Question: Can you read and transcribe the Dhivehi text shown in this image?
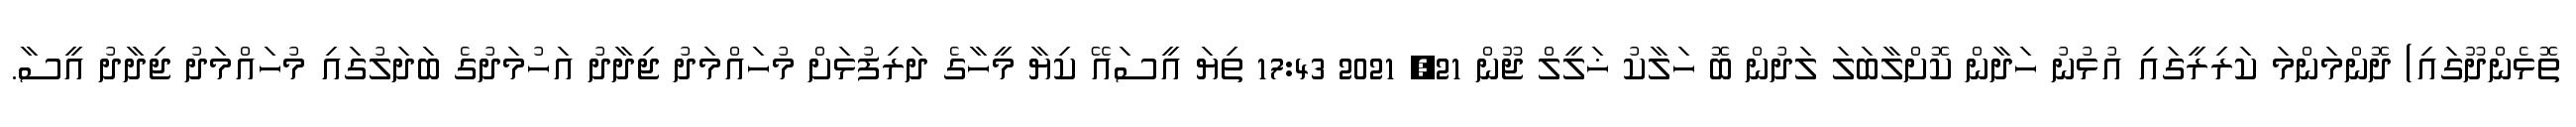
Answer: ތޮޅެންދޫގައި) ދޮންމަންމަ ކަރިރީގައި އުޅުނު ހަދާން ކޮށްލާބަލަ ލަދުން ބޮ ހަލާކު ޚަލީލް ޖޫން 21, 2021 17:43 ތިޔަ އީސައޭ ކިޔާ މީހާގެ ދަރިފުޅަށް މުހައްމަދު ޖިދާދު އަހުމަދުގެ ބަދަލުގައި މުހައްމަދު ޖިދާދު އީސާ.